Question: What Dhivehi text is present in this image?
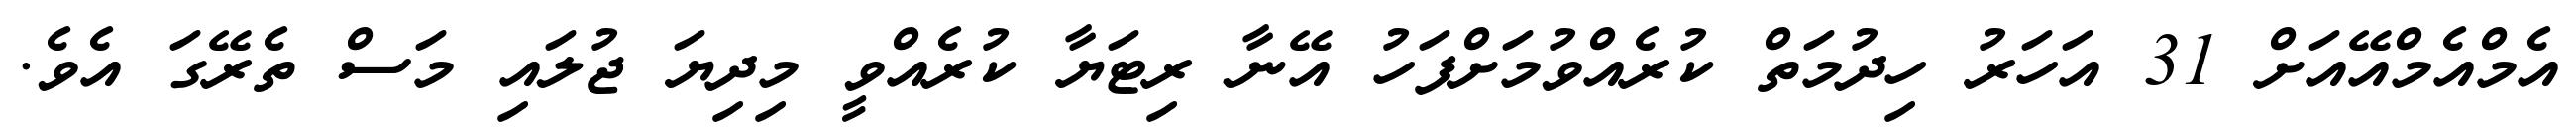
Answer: އެމްއެމްއޭއަށް 31 އަހަރު ހިދުމަތް ކުރެއްވުމަށްފަހު އޭނާ ރިޓަޔާ ކުރެއްވީ މިދިޔަ ޖުލައި މަސް ތެރޭގަ އެވެ.